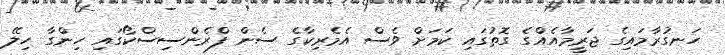
ހަނގުރާމައިގެ ޖަރީމާއެއްގެ ގޮތުގައި ކަމަށް ވެސް އެމެރިކާގެ ސެން ފްރެންސިސްކޯގައި ހިންގާ ހިލޭ